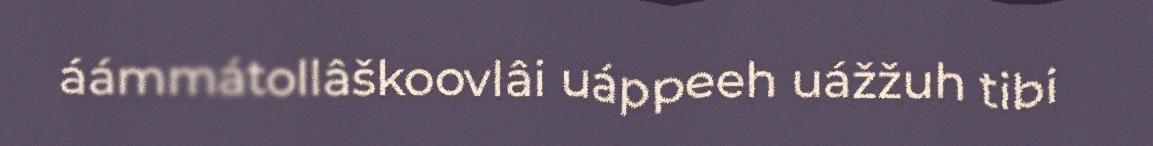
áámmátollâškoovlâi uáppeeh uážžuh tibi